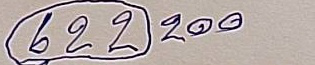
622 200